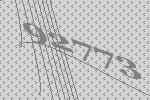
92773